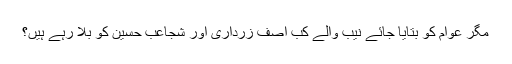
مگر عوام کو بتایا جائے نیب والے کب آصف زرداری اور شجاعب حسین کو بلا رہے ہیں؟